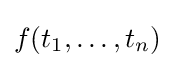
f(t_{1},\ldots ,t_{n})